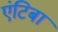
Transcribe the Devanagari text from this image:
एंटिबा